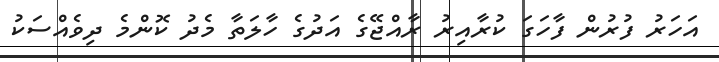
އަހަރު ފުރުން ފާހަގަ ކުރާއިރު ރާއްޖޭގެ އަދުގެ ހާލަތާ މެދު ކޮންމެ ދިވެއްސަކު